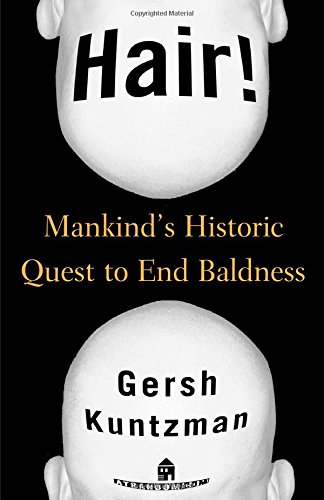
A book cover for Hair! : Mankind's Historic Quest to End Baldness; Gersh Kuntzman; Health, Fitness & Dieting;